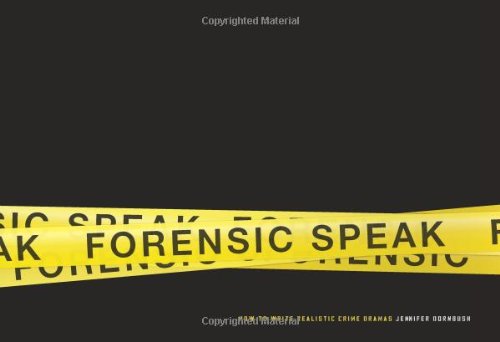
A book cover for Forensic Speak: How to Write Realistic Crime Dramas; Dornbush Jennifer; Mystery, Thriller & Suspense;